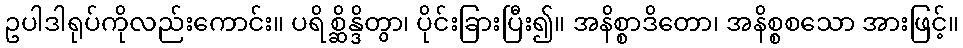
ဥပါဒါရုပ်ကိုလည်းကောင်း။ ပရိစ္ဆိန္ဒိတွာ၊ ပိုင်းခြားပြီး၍။ အနိစ္စာဒိတော၊ အနိစ္စစသော အားဖြင့်။